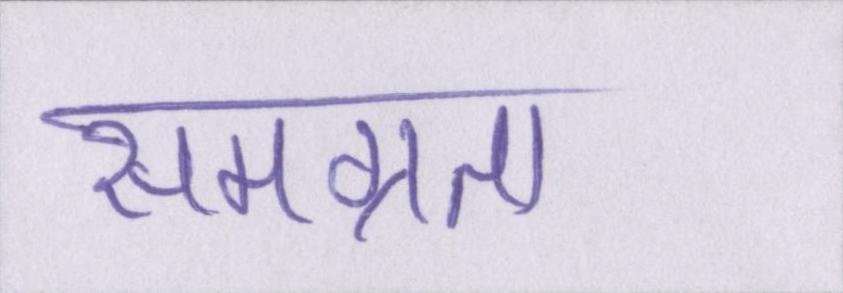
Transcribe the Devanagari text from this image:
समग्रता